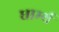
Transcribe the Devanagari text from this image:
धार्म्य